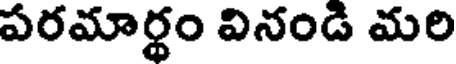
పరమార్థం వినండి మరి